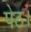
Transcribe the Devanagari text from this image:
पेठ।